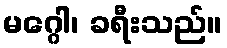
မဂ္ဂေါ၊ ခရီးသည်။